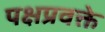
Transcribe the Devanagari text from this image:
पक्षप्रवक्ते